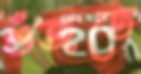
গুঁজতে